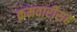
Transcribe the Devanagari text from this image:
क्रमवारीसह